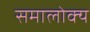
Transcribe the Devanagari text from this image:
समालोक्य